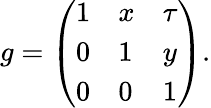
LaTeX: g=\left(\begin{array}{lll}{{1}}&{{x}}&{{\tau}}\\ {{0}}&{{1}}&{{y}}\\ {{0}}&{{0}}&{{1}}\end{array}\right).